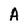
Character: A